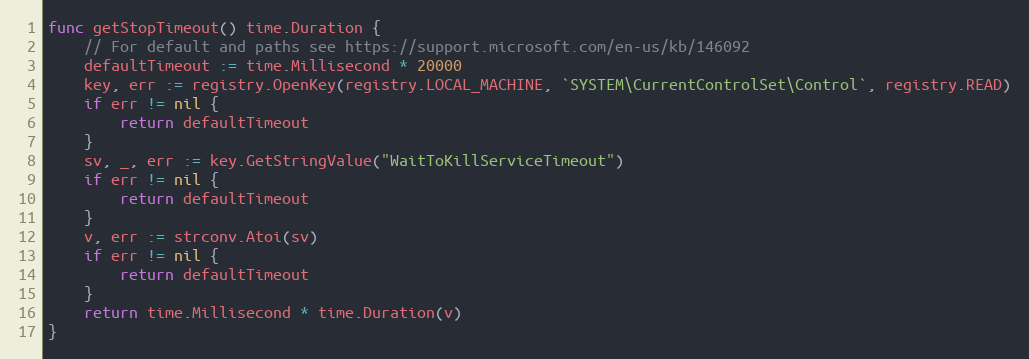
Language: Go
func getStopTimeout() time.Duration {
	// For default and paths see https://support.microsoft.com/en-us/kb/146092
	defaultTimeout := time.Millisecond * 20000
	key, err := registry.OpenKey(registry.LOCAL_MACHINE, `SYSTEM\CurrentControlSet\Control`, registry.READ)
	if err != nil {
		return defaultTimeout
	}
	sv, _, err := key.GetStringValue("WaitToKillServiceTimeout")
	if err != nil {
		return defaultTimeout
	}
	v, err := strconv.Atoi(sv)
	if err != nil {
		return defaultTimeout
	}
	return time.Millisecond * time.Duration(v)
}